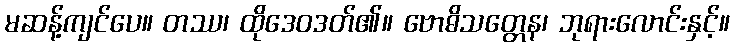
မဆန့်ကျင်ပေ။ တဿ၊ ထိုဒေဝဒတ်၏။ ဗောဓိသတ္တေန၊ ဘုရားလောင်းနှင့်။